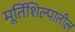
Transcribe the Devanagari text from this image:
मूर्तिशिल्पातील